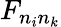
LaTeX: F_{n_{i}n_{k}}